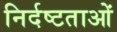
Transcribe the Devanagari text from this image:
निर्दष्टताओं